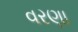
વરણા